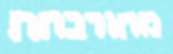
מתורבתת